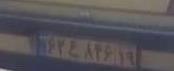
۶۲ع۸۴۶۱۹